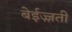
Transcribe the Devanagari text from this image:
बेईज़्ज़ती